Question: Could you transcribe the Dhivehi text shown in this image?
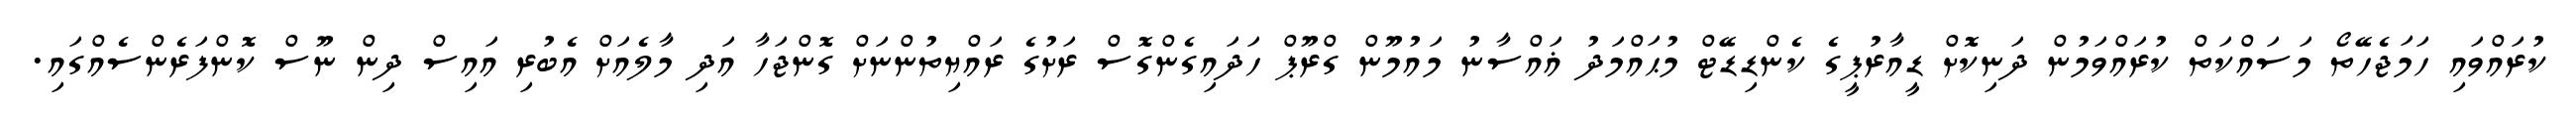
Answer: ކުރައްވައި ހަމަޖެހޭތޯ މަސައްކަތް ކުރައްވަމުން ދަނިކޮށް ޑީއާރުޕީގެ ކެންޑިޑޭޓް މުޙައްމަދު ޣައްސާނު މައުމޫން ގްރޫޕް ހަދައިގެންގޮސް ރަށުގެ ރައްޔިތުންނަށް ގޮންޖަހާ އަދި މާލެއަށް އެބުރި އައިސް ދިން ނޫސް ކޮންފަރެންސެއްގައި.